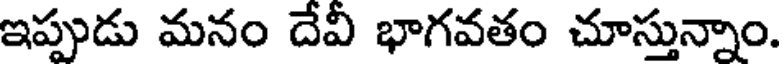
ఇప్పుడు మనం దేవీ భాగవతం చూస్తున్నాం.